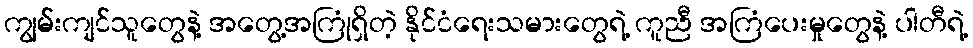
ကျွမ်းကျင်သူတွေနဲ့ အတွေ့အကြုံရှိတဲ့ နိုင်ငံရေးသမားတွေရဲ့ ကူညီ အကြံပေးမှုတွေနဲ့ ပါတီရဲ့